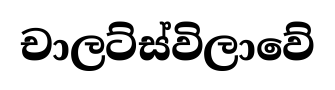
චාලට්ස්විලාවේ